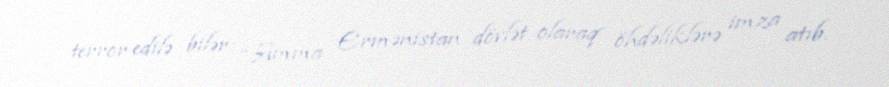
terror edilə bilər: “Amma Ermənistan dövlət olaraq öhdəliklərə imza atıb.